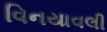
વિનયાવલી